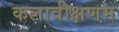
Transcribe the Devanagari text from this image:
कलावीक्षणम